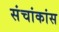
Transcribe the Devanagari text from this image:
संचांकांस